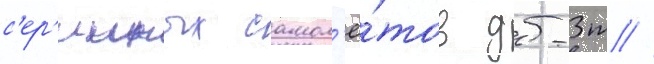
с'ер'ииных самол'ё́тов дб-3т //